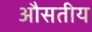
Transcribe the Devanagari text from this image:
औसतीय